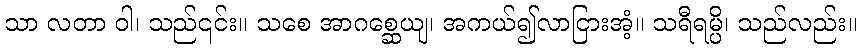
သာ လတာ ဝါ၊ သည်၎င်း။ သစေ အာဂစ္ဆေယျ၊ အကယ်၍လာငြားအံ့။ သရီရမ္ပိ၊ သည်လည်း။